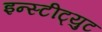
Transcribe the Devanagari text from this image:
इन्स्टीट्युट